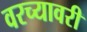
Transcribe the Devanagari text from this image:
वरच्यावरी